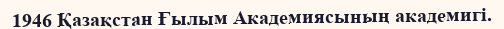
1946 Қазақстан Ғылым Академиясының академигі.